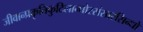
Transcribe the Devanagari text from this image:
जीवान्प्रकृतिकुटिलान्घोरसंसारसिन्धो